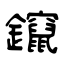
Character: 鑹